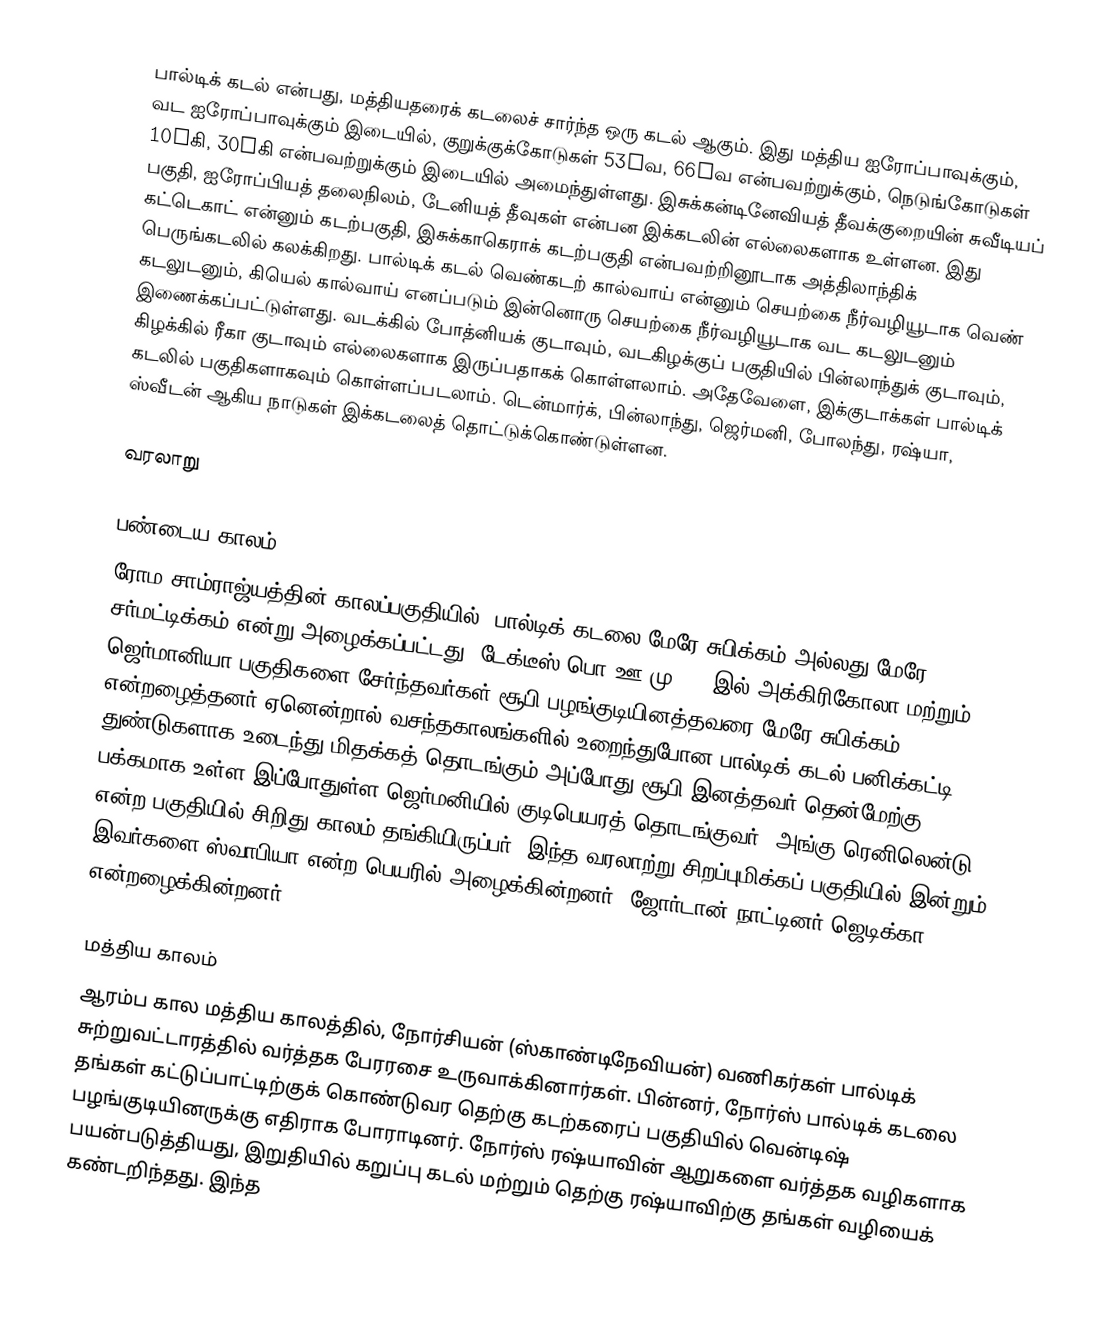
பால்டிக் கடல் என்பது, மத்தியதரைக் கடலைச் சார்ந்த ஒரு கடல் ஆகும். இது மத்திய ஐரோப்பாவுக்கும், வட ஐரோப்பாவுக்கும் இடையில், குறுக்குக்கோடுகள் 53°வ, 66°வ என்பவற்றுக்கும், நெடுங்கோடுகள் 10°கி, 30°கி என்பவற்றுக்கும் இடையில் அமைந்துள்ளது. இசுக்கன்டினேவியத் தீவக்குறையின் சுவீடியப் பகுதி, ஐரோப்பியத் தலைநிலம், டேனியத் தீவுகள் என்பன இக்கடலின் எல்லைகளாக உள்ளன. இது கட்டெகாட் என்னும் கடற்பகுதி, இசுக்காகெராக் கடற்பகுதி என்பவற்றினூடாக அத்திலாந்திக் பெருங்கடலில் கலக்கிறது. பால்டிக் கடல் வெண்கடற் கால்வாய் என்னும் செயற்கை நீர்வழியூடாக வெண் கடலுடனும், கியெல் கால்வாய் எனப்படும் இன்னொரு செயற்கை நீர்வழியூடாக வட கடலுடனும் இணைக்கப்பட்டுள்ளது. வடக்கில் போத்னியக் குடாவும், வடகிழக்குப் பகுதியில் பின்லாந்துக் குடாவும், கிழக்கில் ரீகா குடாவும் எல்லைகளாக இருப்பதாகக் கொள்ளலாம். அதேவேளை, இக்குடாக்கள் பால்டிக் கடலில் பகுதிகளாகவும் கொள்ளப்படலாம். டென்மார்க், பின்லாந்து, ஜெர்மனி, போலந்து, ரஷ்யா, ஸ்வீடன் ஆகிய நாடுகள் இக்கடலைத் தொட்டுக்கொண்டுள்ளன.

வரலாறு

பண்டைய காலம்
ரோம சாம்ராஜ்யத்தின் காலப்பகுதியில், பால்டிக் கடலை மேரே சுபிக்கம் அல்லது மேரே சர்மட்டிக்கம் என்று அழைக்கப்பட்டது. டேக்டீஸ் பொ.ஊ.மு. 95 இல் அக்கிரிகோலா மற்றும் ஜெர்மானியா பகுதிகளை சேர்ந்தவர்கள் சூபி பழங்குடியினத்தவரை மேரே சுபிக்கம் என்றழைத்தனர் ஏனென்றால் வசந்தகாலங்களில் உறைந்துபோன பால்டிக் கடல் பனிக்கட்டி துண்டுகளாக உடைந்து மிதக்கத் தொடங்கும் அப்போது சூபி இனத்தவர் தென்மேற்கு பக்கமாக உள்ள இப்போதுள்ள ஜெர்மனியில் குடிபெயரத் தொடங்குவர். அங்கு ரெனிலென்டு என்ற பகுதியில் சிறிது காலம் தங்கியிருப்பர். இந்த வரலாற்று சிறப்புமிக்கப் பகுதியில் இன்றும் இவர்களை ஸ்வாபியா என்ற பெயரில் அழைக்கின்றனர். ஜோர்டான் நாட்டினர் ஜெடிக்கா என்றழைக்கின்றனர்.

மத்திய காலம்
ஆரம்ப கால மத்திய காலத்தில், நோர்சியன் (ஸ்காண்டிநேவியன்) வணிகர்கள் பால்டிக் சுற்றுவட்டாரத்தில் வர்த்தக பேரரசை உருவாக்கினார்கள். பின்னர், நோர்ஸ் பால்டிக் கடலை தங்கள் கட்டுப்பாட்டிற்குக் கொண்டுவர தெற்கு கடற்கரைப் பகுதியில் வென்டிஷ் பழங்குடியினருக்கு எதிராக போராடினர். நோர்ஸ் ரஷ்யாவின் ஆறுகளை வர்த்தக வழிகளாக பயன்படுத்தியது, இறுதியில் கறுப்பு கடல் மற்றும் தெற்கு  ரஷ்யாவிற்கு தங்கள் வழியைக் கண்டறிந்தது. இந்த